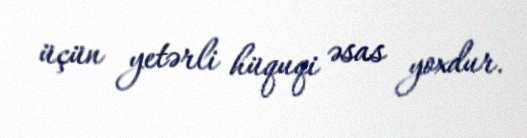
üçün yetərli hüquqi əsas yoxdur.